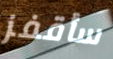
سأقفز